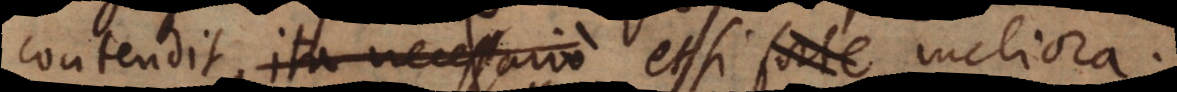
contendit, ita necessario etsi meliora.